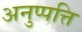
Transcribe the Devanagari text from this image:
अनुप्पत्ति